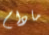
مادام